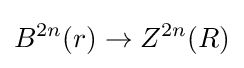
B^{2n}(r)\to Z^{2n}(R)